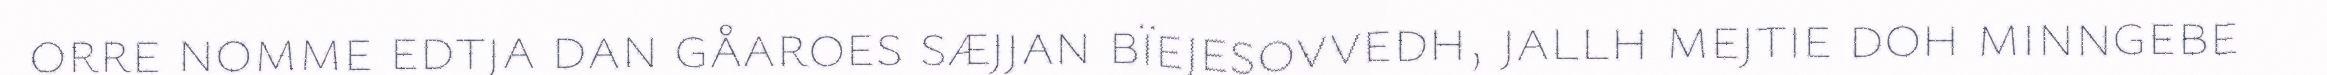
orre nomme edtja dan gåaroes sæjjan bïejesovvedh, jallh mejtie doh minngebe